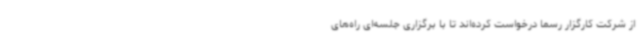
از شرکت کارگزار رسما درخواست کرده‌اند تا با برگزاری جلسه‌ای راه‌های